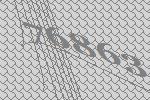
76863